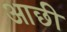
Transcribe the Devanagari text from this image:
आछी